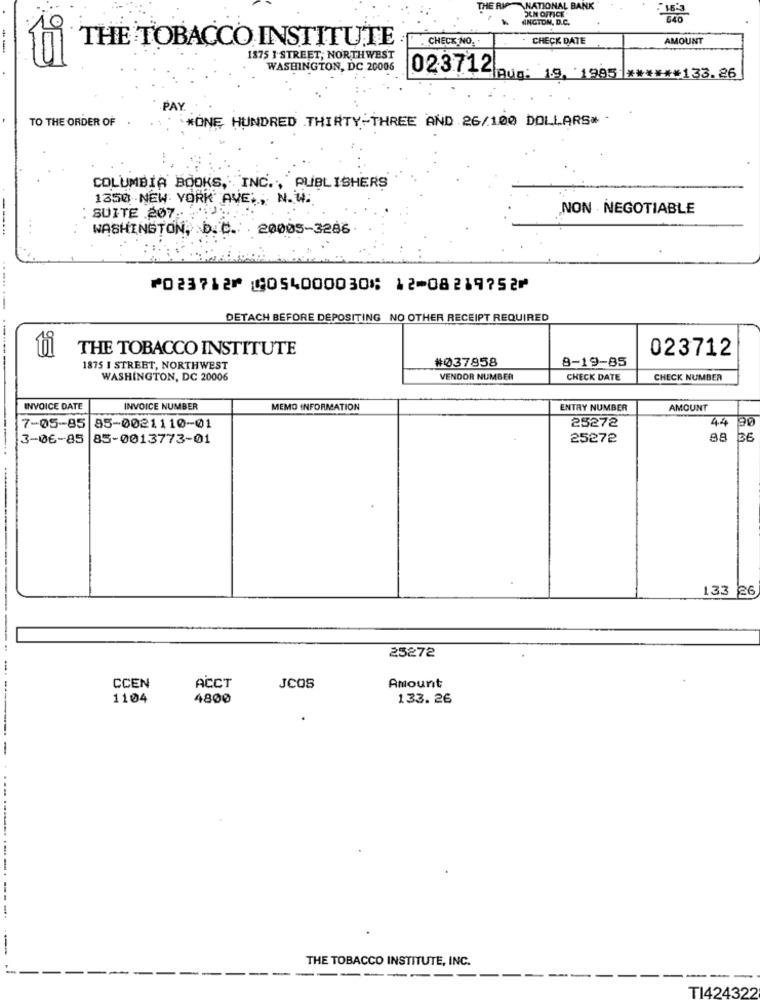
THE R
NATIONAL BANK
JEM OFFICE
INGTON, D.C.
THE TOBACCO INSTITUTE
.CHECK NO. .
CHECK DATE
AMOUNT
--
1875 } STREET, NORTHWEST
WASHINGTON, DC 20006
02:3712. 19, 1995 ***** 133.26
PAY
TO THE ORDER OF
*ONE HUNDRED THIRTY-THREE AND 26/100 DOLLARS* -
COLUMBIA BOOKS, INC ., PUBLISHERS
1350 NEW YORK' AVE ., N. W.
NON . NEGOTIABLE
: SUITE 207 .-
WASHINGTON, D. C .: . 20005-3286
⑈023712⑈ ⑆054000030⑆ 12⑉08219752⑈
DETACH BEFORE DEPOSITING NO OTHER RECEIPT REQUIRED
ti
THE TOBACCO INSTITUTE
023712
#037858
8-19-85
1875 1 STREET, NORTHWEST
WASHINGTON, DC 20006
VENDOR NUMBER
CHECK DATE
CHECK NUMBER
INVOICE DATE
INVOICE NUMBER
MEMO INFORMATION
ENTRY NUMBER
AMOUNT
25272
4.4
7-05-85 85-0021110-01
90
3-06-85
85-0013773-01
25272
36
133 26
25272
Amount
CCEN
ACCT
JCOS
1104
4800
133.26
-
-----.
THE TOBACCO INSTITUTE, INC.
TI424322